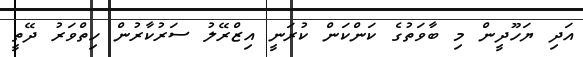
އަދި ޔަހޫދީން މި ބާވަތުގެ ކަންކަން ކުރަނީ އިޒްރޭލު ސަރުކާރުން ހިތްވަރު ދޭތީ